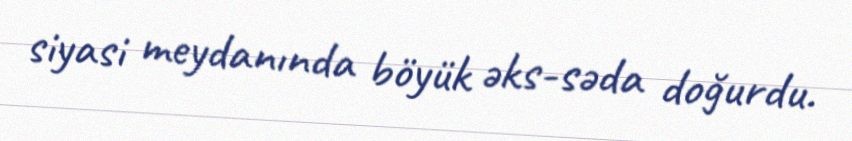
siyasi meydanında böyük əks-səda doğurdu.